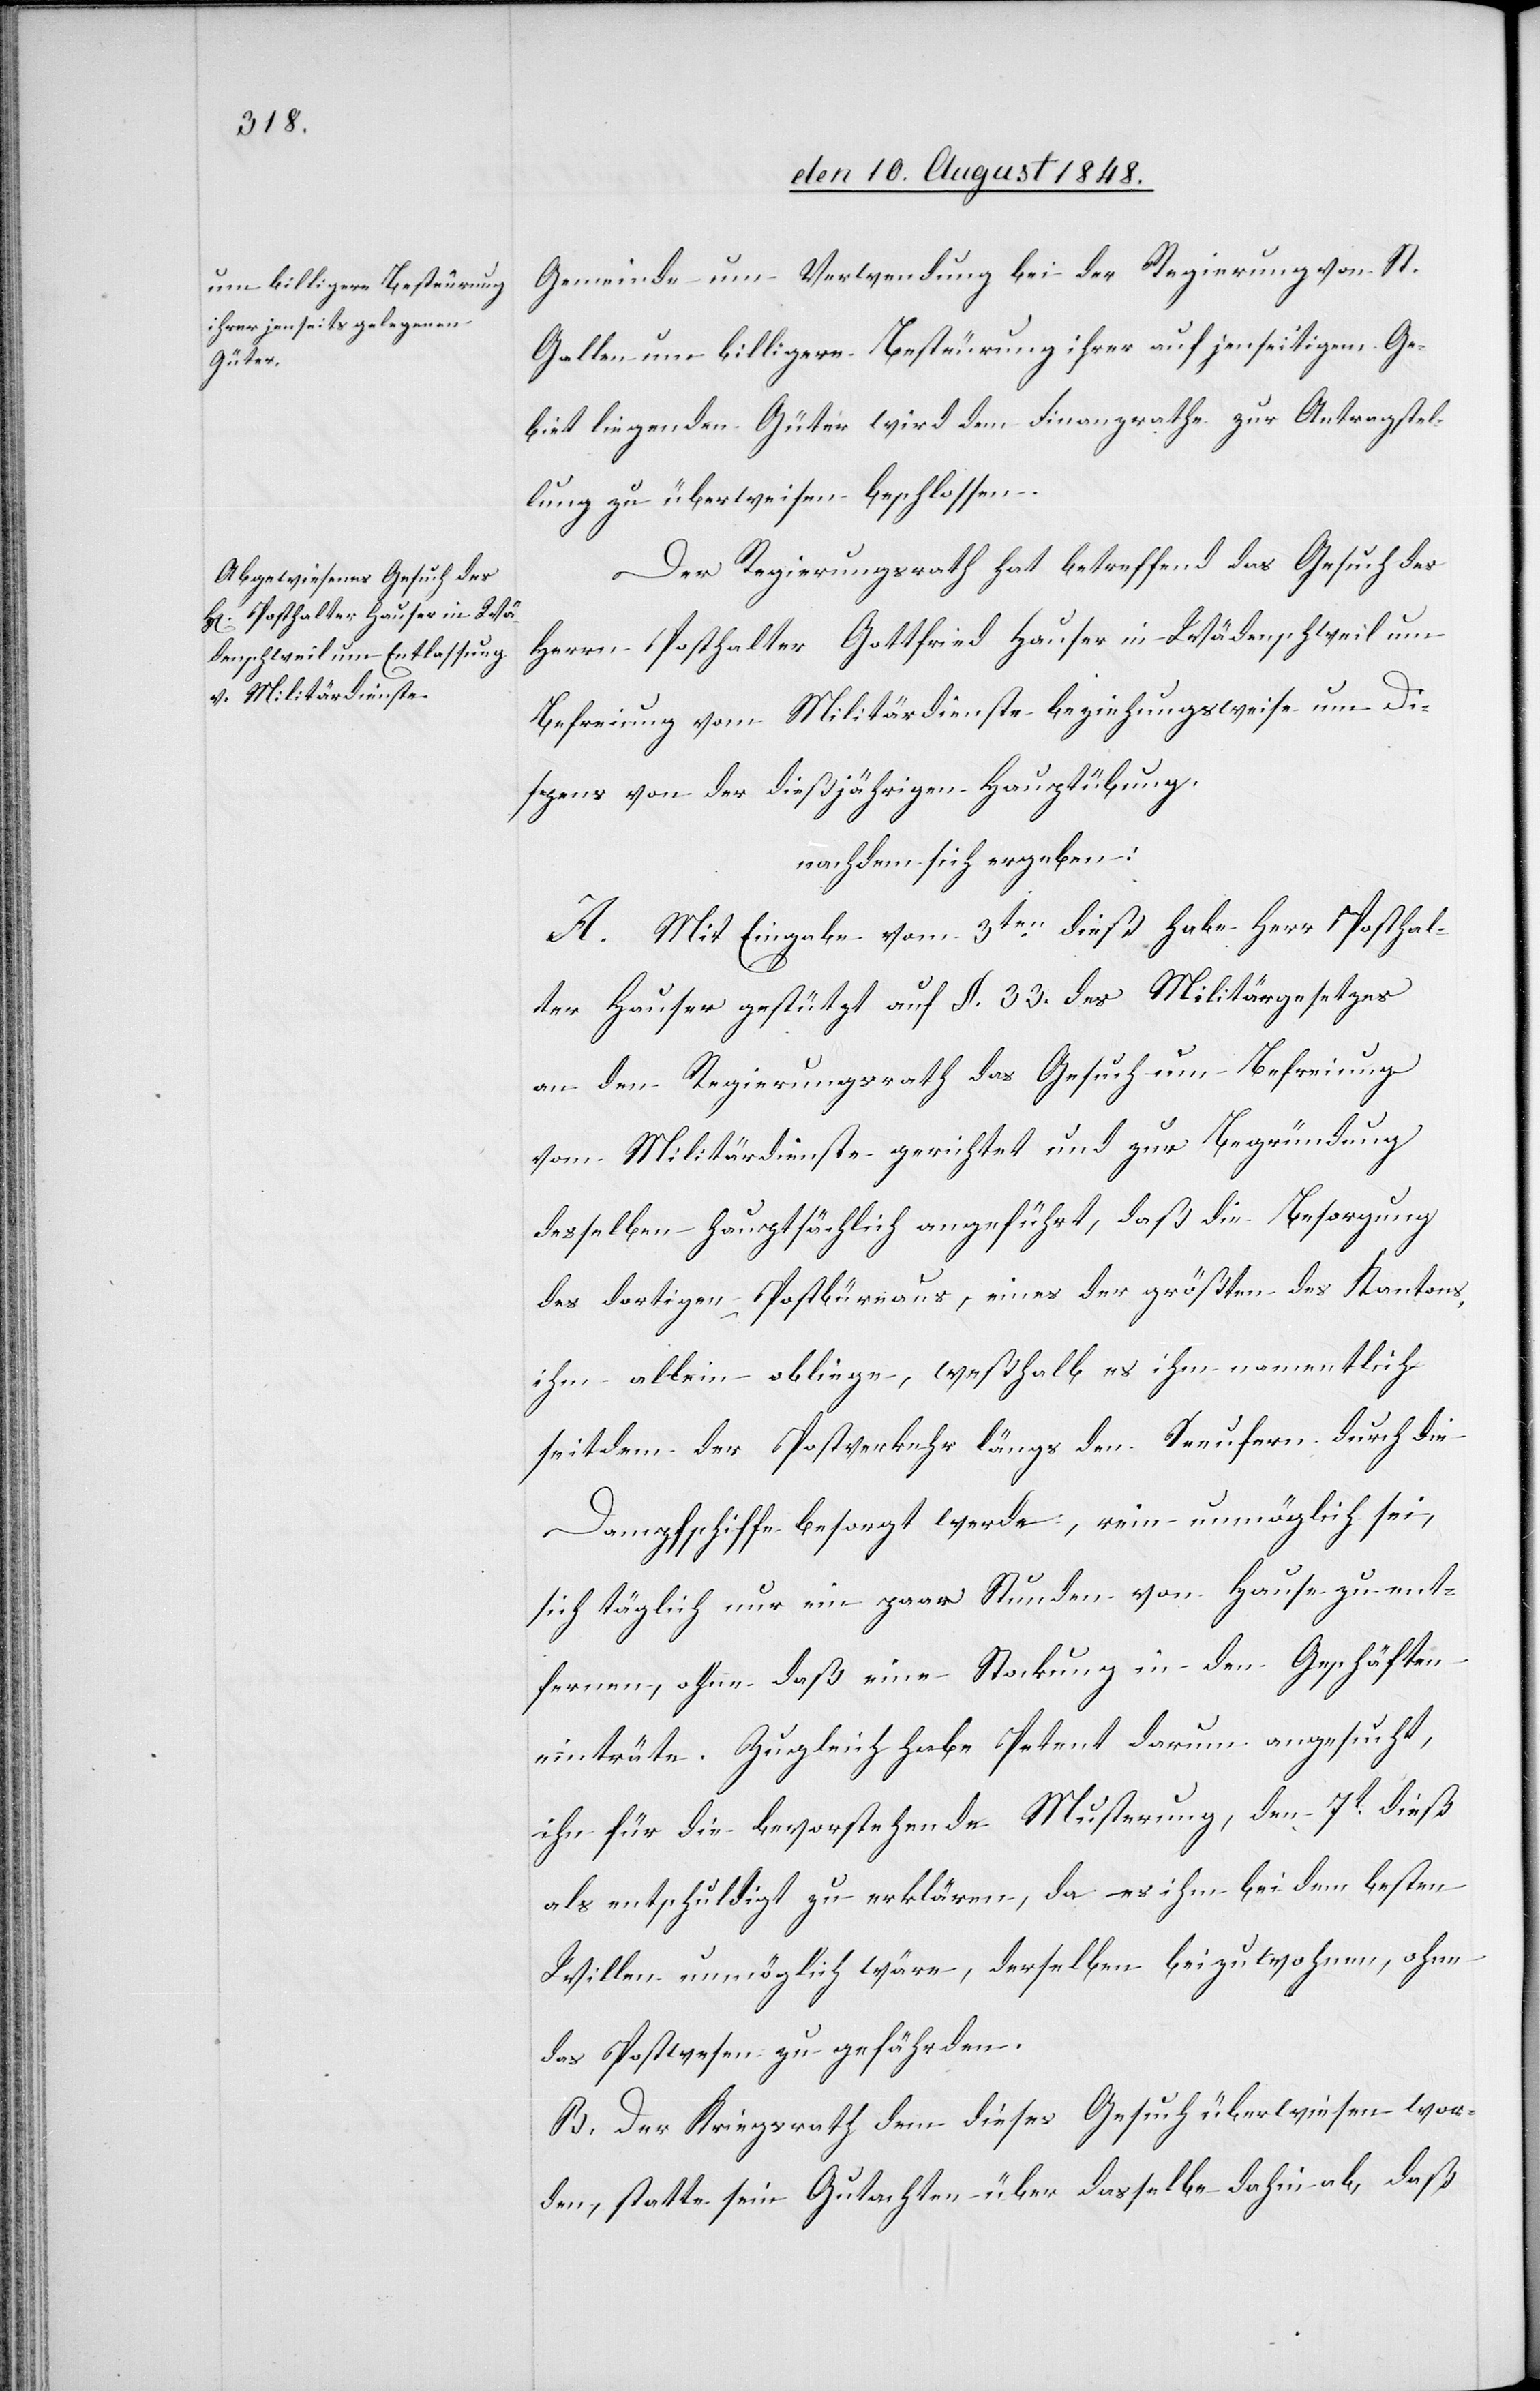
Gemeinde um Verwendung bei der Regierung von St.
Gallen um billigere Besteurung ihrer auf jenseitigem Ge¬
biet liegenden Güter wird dem Finanzrathe zur Antragstel¬
lung zu überweisen beschlossen.
Der Regierungsrath hat betreffend das Gesuch des
Herrn Posthalter Gottfried Hauser in Wädenschweil um
Befreiung vom Militärdienste beziehungsweise um Di¬
spens von der dießjährigen Hauptübung
nachdem sich ergeben:
A. Mit Eingabe vom 3ten dieß habe Herr Posthal¬
ter Hauser gestützt auf §. 33. des Militärgesetzes
an den Regierungsrath das Gesuch um Befreiung
vom Militärdienste gerichtet und zur Begründung
desselben hauptsächlich angeführt, daß die Besorgung
des dortigen Postbüreaus, eines der größten des Kantons,
ihm allein obliege, weßhalb es ihm namentlich
seitdem der Postverkehr längs den Seeufern durch die
Dampfschiffe besorgt werde, rein unmöglich sei,
sich täglich nur ein paar Stunden von Hause zu ent¬
fernen, ohne daß eine Stockung in den Geschäften
einträte. Zugleich habe Petent darum angesucht,
ihn für die bevorstehende Musterung, den 7t dieß
als entschuldigt zu erklären, da es ihm bei dem besten
Willen unmöglich wäre, derselben beizuwohnen, ohne
das Postwesen zu gefährden.
B. Der Kriegsrath dem dieses Gesuch überwiesen wor¬
den, statte sein Gutachten über dasselbe dahin ab, daß